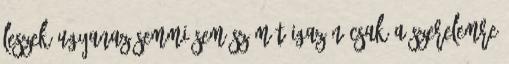
leszek ugyanaz Semmi sem számít igazán Csak a szerelemre